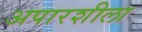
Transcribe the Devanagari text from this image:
अपारशीला